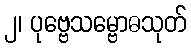
၂၊ ပုဗ္ဗေသမ္ဗောဓသုတ်